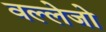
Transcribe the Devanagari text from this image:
वल्लेजो